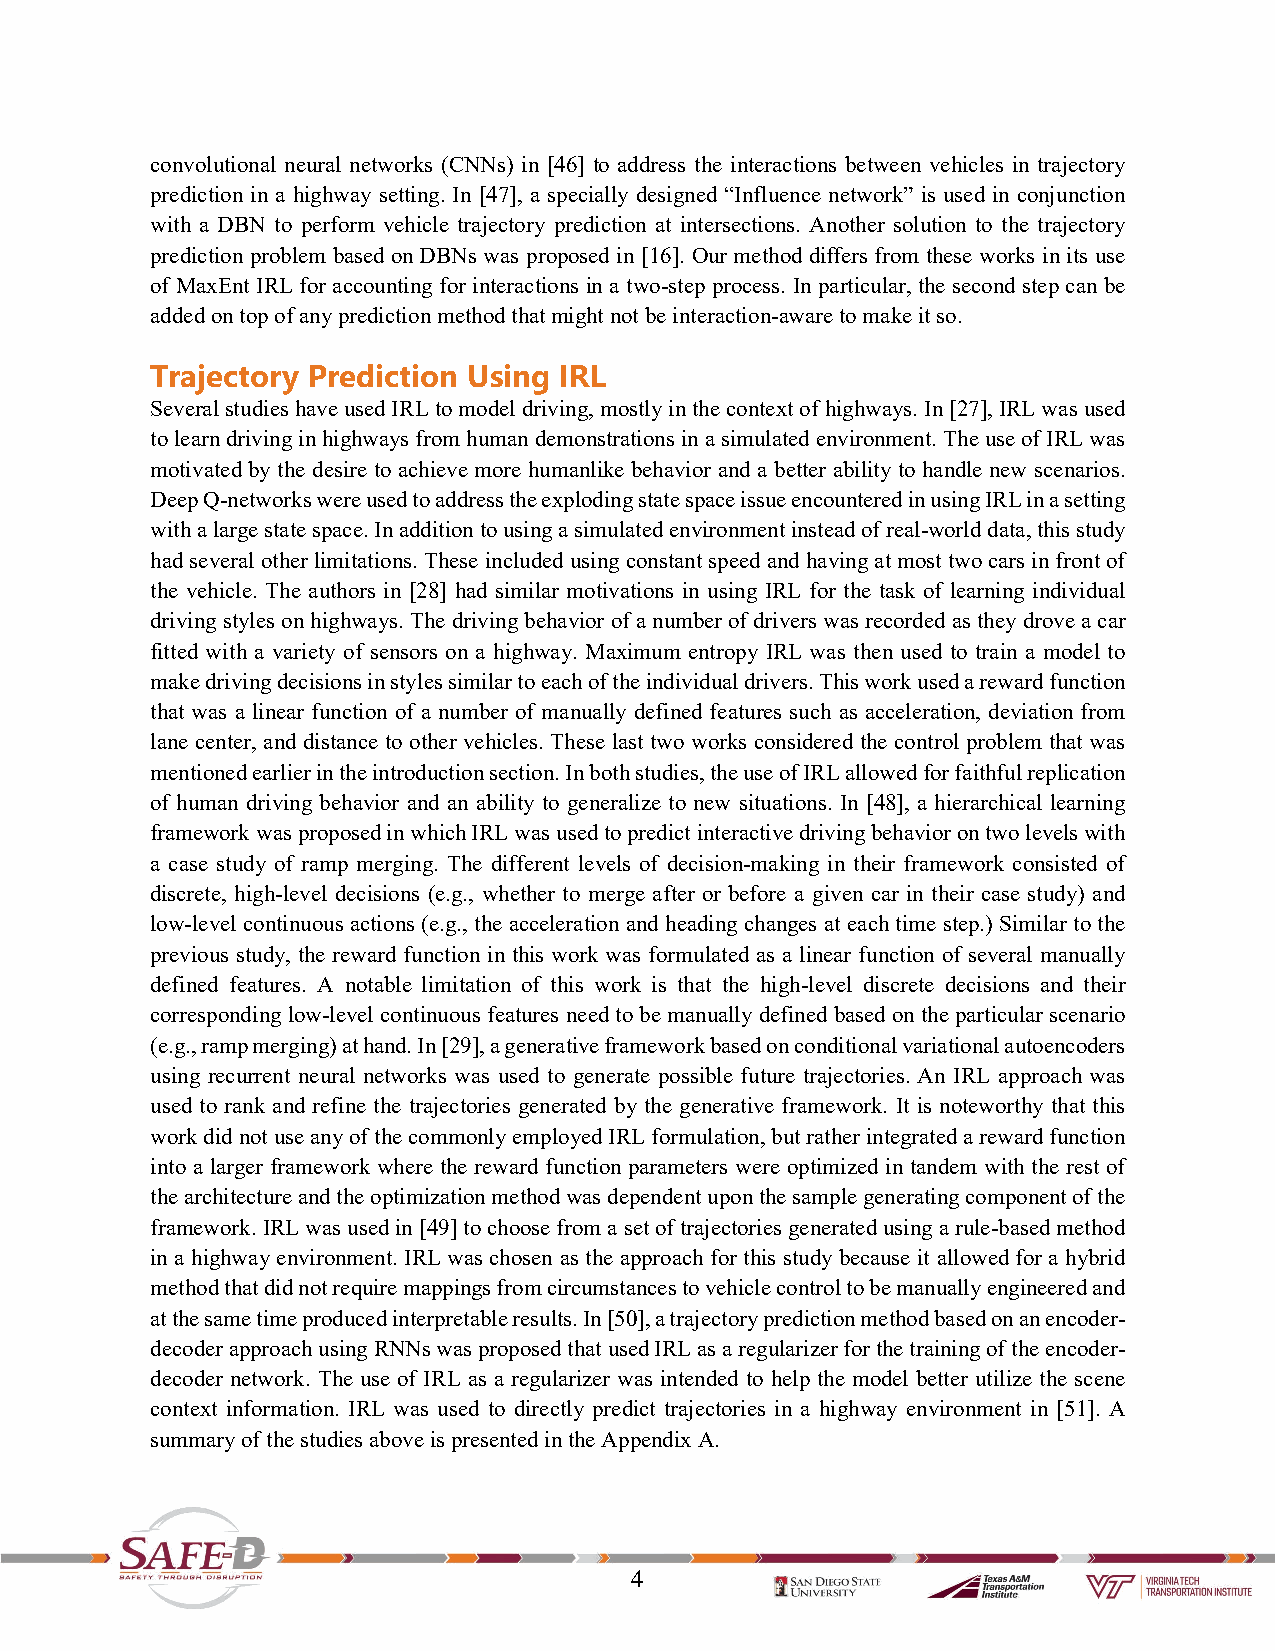
convolutional neural networks (CNNs) in [46] to address the interactions between vehicles in trajectory
 prediction in a highway setting. In [47], a specially designed “Influence network” is used in conjunction
 with a DBN to perform vehicle trajectory prediction at intersections. Another solution to the trajectory
 prediction problem based on DBNs was proposed in [16]. Our method differs from these works in its use
 of MaxEnt IRL for accounting for interactions in a two-step process. In particular, the second step can be
 added on top of any prediction method that might not be interaction-aware to make it so.
 Trajectory Prediction Using IRL
 Several studies have used IRL to model driving, mostly in the context of highways. In [27], IRL was used
 to learn driving in highways from human demonstrations in a simulated environment. The use of IRL was
 motivated by the desire to achieve more humanlike behavior and a better ability to handle new scenarios.
 Deep Q-networks were used to address the exploding state space issue encountered in using IRL in a setting
 with a large state space. In addition to using a simulated environment instead of real-world data, this study
 had several other limitations. These included using constant speed and having at most two cars in front of
 the vehicle. The authors in [28] had similar motivations in using IRL for the task of learning individual
 driving styles on highways. The driving behavior of a number of drivers was recorded as they drove a car
 fitted with a variety of sensors on a highway. Maximum entropy IRL was then used to train a model to
 make driving decisions in styles similar to each of the individual drivers. This work used a reward function
 that was a linear function of a number of manually defined features such as acceleration, deviation from
 lane center, and distance to other vehicles. These last two works considered the control problem that was
 mentioned earlier in the introduction section. In both studies, the use of IRL allowed for faithful replication
 of human driving behavior and an ability to generalize to new situations. In [48], a hierarchical learning
 framework was proposed in which IRL was used to predict interactive driving behavior on two levels with
 a case study of ramp merging. The different levels of decision-making in their framework consisted of
 discrete, high-level decisions (e.g., whether to merge after or before a given car in their case study) and
 low-level continuous actions (e.g., the acceleration and heading changes at each time step.) Similar to the
 previous study, the reward function in this work was formulated as a linear function of several manually
 defined features. A notable limitation of this work is that the high-level discrete decisions and their
 corresponding low-level continuous features need to be manually defined based on the particular scenario
 (e.g., ramp merging) at hand. In [29], a generative framework based on conditional variational autoencoders
 using recurrent neural networks was used to generate possible future trajectories. An IRL approach was
 used to rank and refine the trajectories generated by the generative framework. It is noteworthy that this
 work did not use any of the commonly employed IRL formulation, but rather integrated a reward function
 into a larger framework where the reward function parameters were optimized in tandem with the rest of
 the architecture and the optimization method was dependent upon the sample generating component of the
 framework. IRL was used in [49] to choose from a set of trajectories generated using a rule-based method
 in a highway environment. IRL was chosen as the approach for this study because it allowed for a hybrid
 method that did not require mappings from circumstances to vehicle control to be manually engineered and
 at the same time produced interpretable results. In [50], a trajectory prediction method based on an encoder-
 decoder approach using RNNs was proposed that used IRL as a regularizer for the training of the encoder-
 decoder network. The use of IRL as a regularizer was intended to help the model better utilize the scene
 context information. IRL was used to directly predict trajectories in a highway environment in [51]. A
 summary of the studies above is presented in the Appendix A.
 4